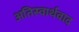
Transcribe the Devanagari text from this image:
अतिस्वार्थवाद